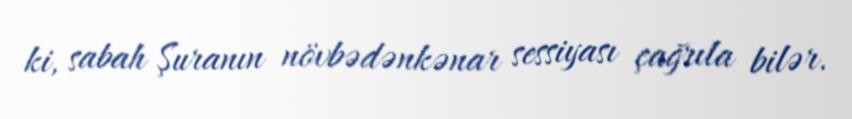
ki, sabah Şuranın növbədənkənar sessiyası çağrıla bilər.